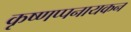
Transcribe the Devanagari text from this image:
कृष्णप्पनायकन